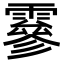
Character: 𩅙